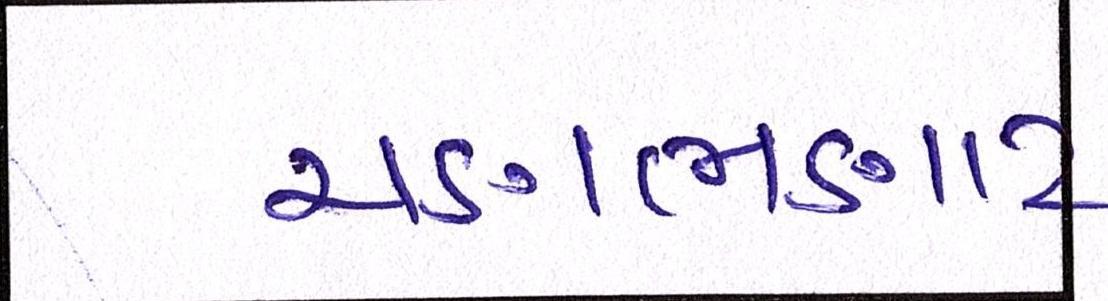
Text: ચણભણાટ